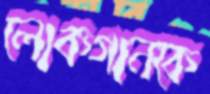
লোকগানকে